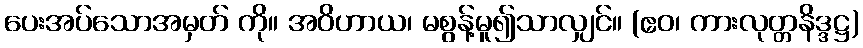
ပေးအပ်သောအမှတ် ကို။ အဝိဟာယ၊ မစွန့်မူ၍သာလျှင်။ (ဧဝ၊ ကားလုတ္တနိဒ္ဒဋ္ဌ)